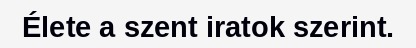
Élete a szent iratok szerint.